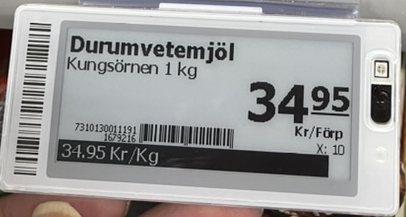
Vara: Durumvetemjöl
Genomsnittspris: 34.95 per kg